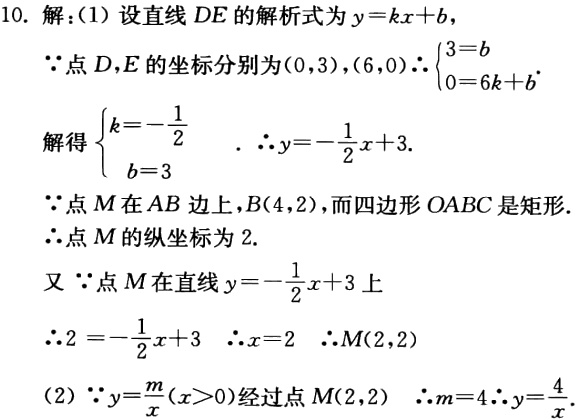
10. 解：(1) 设直线 \(DE\) 的解析式为 \(y = kx + b\)，
\(\because\) 点 \(D,E\) 的坐标分别为 \((0,3),(6,0)\) \(\therefore\begin{cases}3 = b\\0 = 6k + b\end{cases}\)
解得 \(\begin{cases}k = -\dfrac{1}{2}\\b = 3\end{cases}\) . \(\therefore y = -\dfrac{1}{2}x + 3\).
\(\because\) 点 \(M\) 在 \(AB\) 边上，\(B(4,2)\)，而四边形 \(OABC\) 是矩形.
\(\therefore\) 点 \(M\) 的纵坐标为 \(2\).
又 \(\because\) 点 \(M\) 在直线 \(y = -\dfrac{1}{2}x + 3\) 上
\(\therefore 2=-\dfrac{1}{2}x + 3\)  \(\therefore x = 2\)  \(\therefore M(2,2)\)
(2) \(\because y=\dfrac{m}{x}(x > 0)\) 经过点 \(M(2,2)\)  \(\therefore m = 4\). \(\therefore y=\dfrac{4}{x}\).